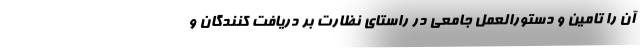
آن را تامین و دستورالعمل جامعی در راستای نظارت بر دریافت کنندگان و